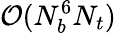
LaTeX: \mathcal{O}(N_{b}^{6}N_{t})